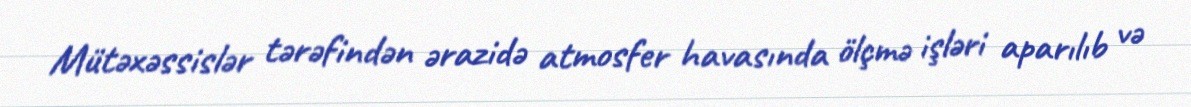
Mütəxəssislər tərəfindən ərazidə atmosfer havasında ölçmə işləri aparılıb və